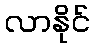
လာနိုင်